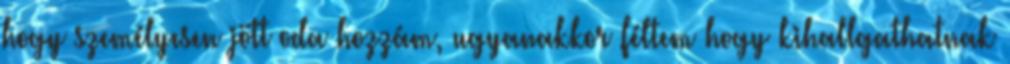
hogy személyesen jött oda hozzám, ugyanakkor féltem hogy kihallgathatnak